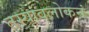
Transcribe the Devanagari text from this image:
तस्यावलोकनं